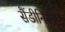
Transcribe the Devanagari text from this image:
सैंडीनिस्ता